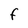
Character: F